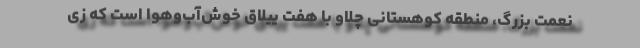
نعمت بزرگ، منطقه کوهستانی چلاو با هفت ییلاق خوش‌آب‌وهوا است که زی